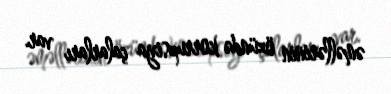
əməllərinin özündə korrupsiya çalarları var.